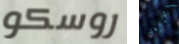
روسكو الجامعة